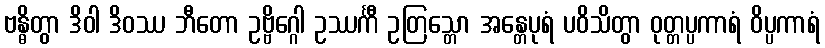
ဗန္ဓိတွာ ဒိဝါ ဒိဝဿ ဘီတော ဥဗ္ဗိဂ္ဂေါ ဥဿင်္ကီ ဥတြသ္တော အန္တေပုရံ ပဝိသိတွာ ဝုတ္တပ္ပကာရံ ဝိပ္ပကာရံ